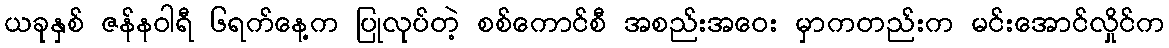
ယခုနှစ် ဇန်နဝါရီ ၆ရက်နေ့က ပြုလုပ်တဲ့ စစ်ကောင်စီ အစည်းအဝေး မှာကတည်းက မင်းအောင်လှိုင်က